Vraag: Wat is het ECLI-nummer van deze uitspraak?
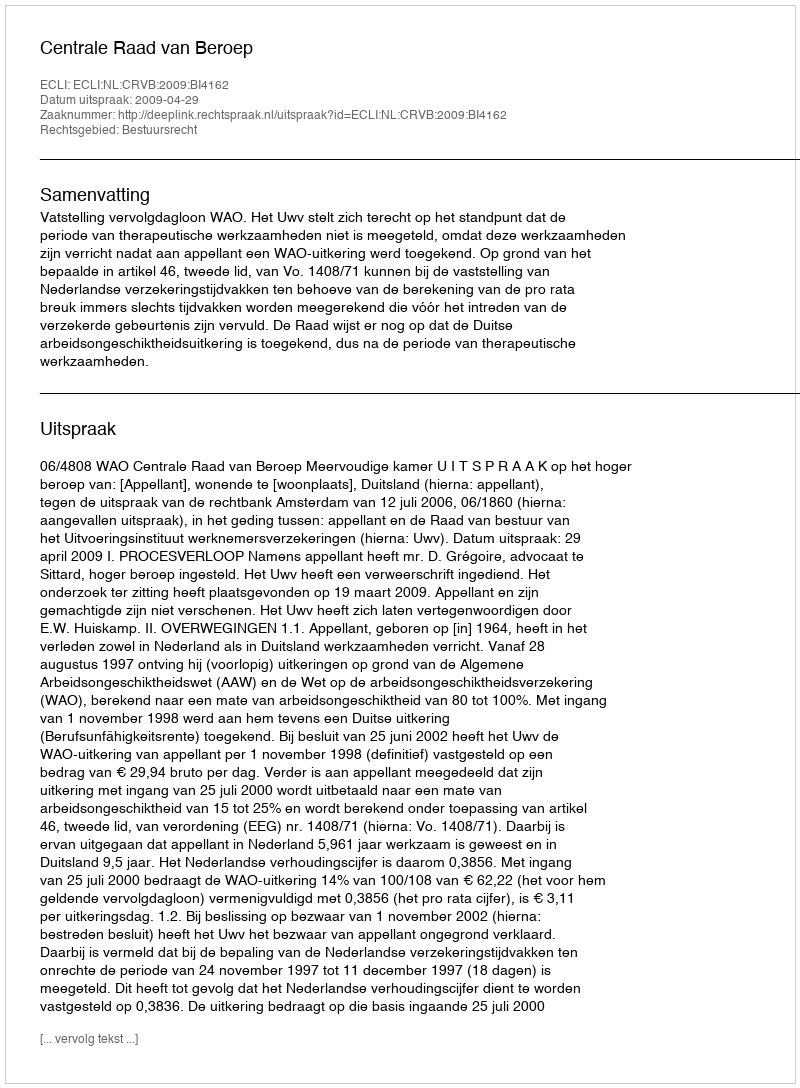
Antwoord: ECLI:NL:CRVB:2009:BI4162